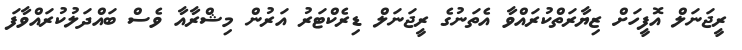
ރީޖަނަލް އޮފީހަށް ޒިޔާރަތްކުރައްވާ އެތަނުގެ ރީޖަނަލް ޑިރެކްޓަރު އަރުން މިޝްރާއާ ވެސް ބައްދަލުކުރައްވާފަ